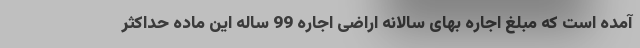
آمده است که مبلغ اجاره بهای سالانه اراضی اجاره 99 ساله این ماده حداکثر